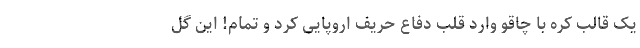
یک قالب کره با چاقو وارد قلب دفاع حریف اروپایی کرد و تمام! این گل